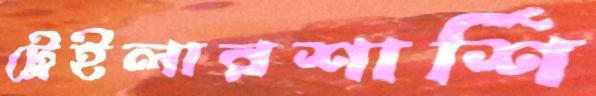
ট্রেইলারশার্শি